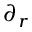
\partial _ { r }